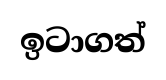
ඉටාගත්